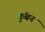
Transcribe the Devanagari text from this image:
कुंबन